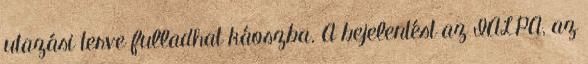
utazási terve fulladhat káoszba. A bejelentést az IALPA, az